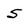
Character: 5